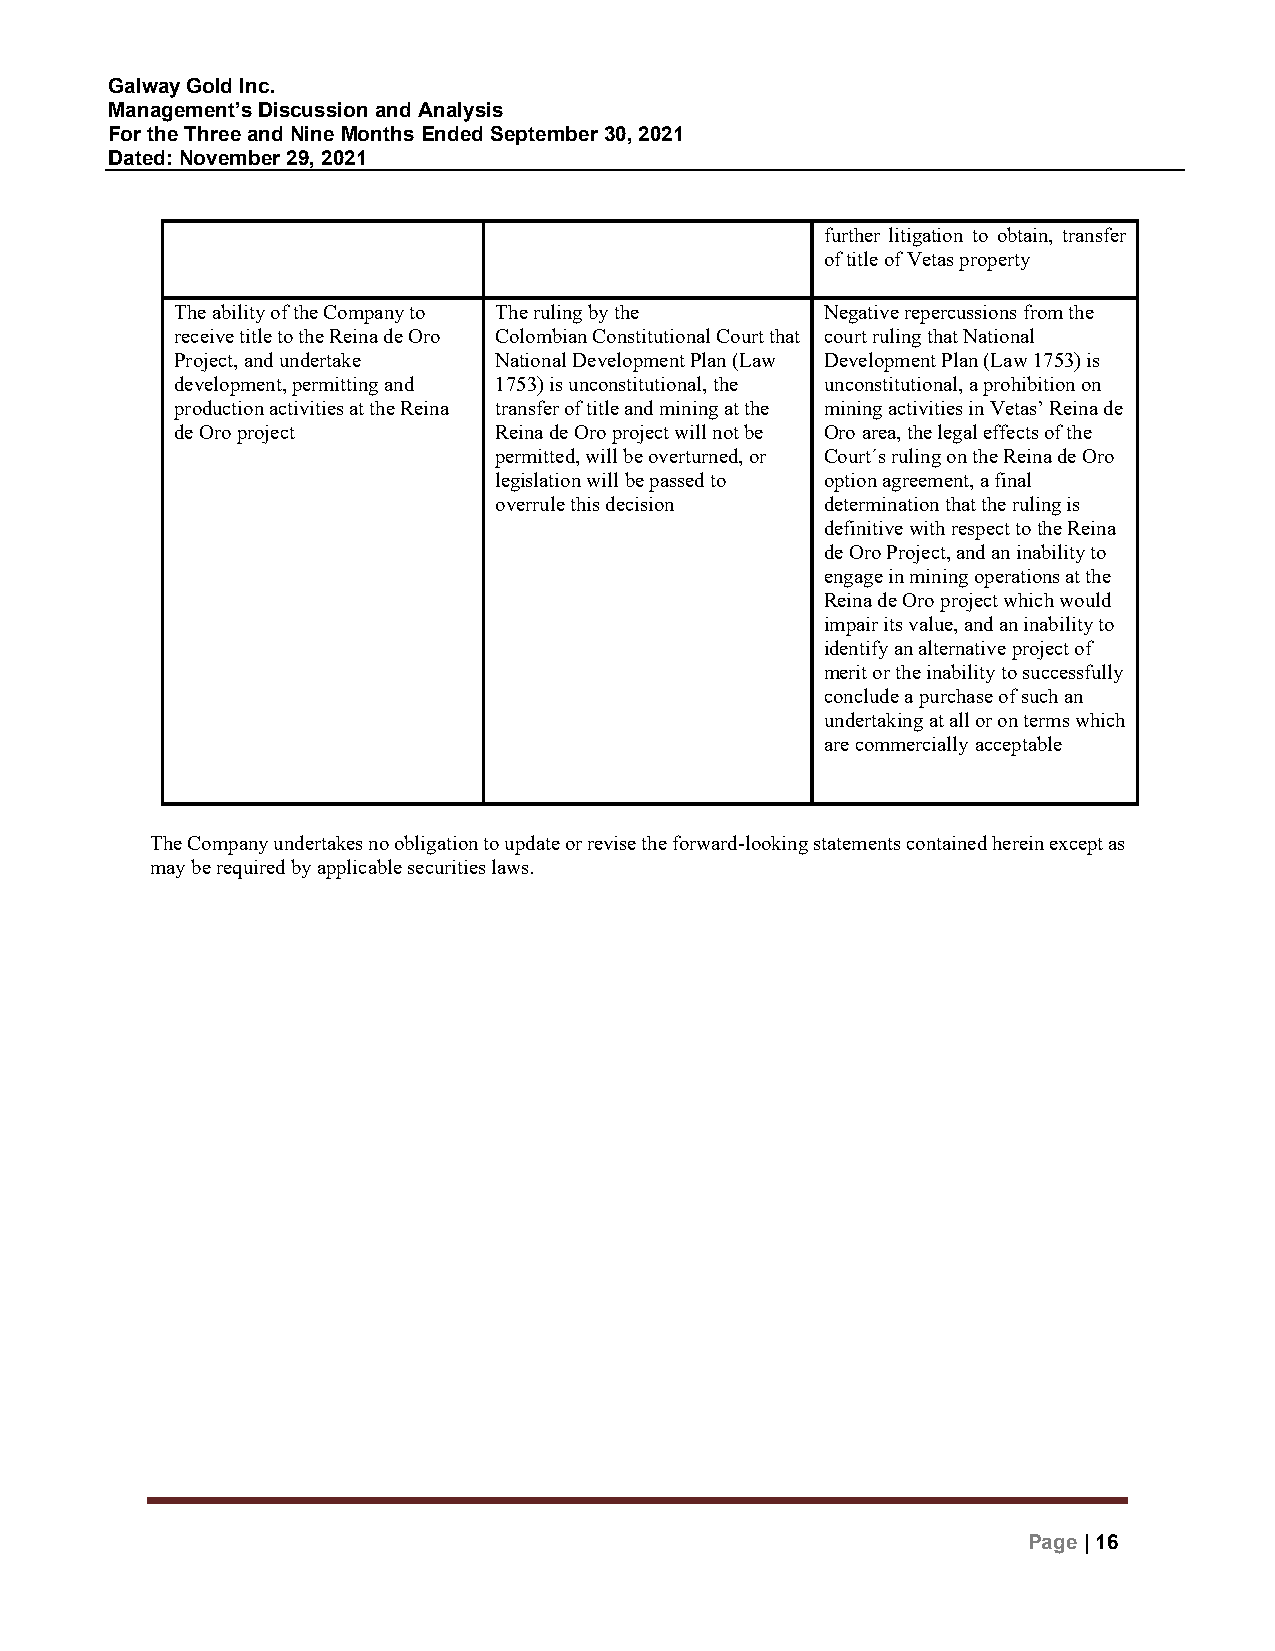
Galway Gold Inc.
 Management’s Discussion and Analysis
 For the Three and Nine Months Ended September 30, 2021
 Dated: November 29, 2021
 further litigation to obtain, transfer
 of title of Vetas property
 The ability of the Company to The ruling by the Negative repercussions from the
 receive title to the Reina de Oro Colombian Constitutional Court that court ruling that National
 Project, and undertake National Development Plan (Law Development Plan (Law 1753) is
 development, permitting and 1753) is unconstitutional, the unconstitutional, a prohibition on
 production activities at the Reina transfer of title and mining at the mining activities in Vetas’ Reina de
 de Oro project       Reina de Oro project will not be Oro area, the legal effects of the
 permitted, will be overturned, or Court´s ruling on the Reina de Oro
 legislation will be passed to option agreement, a final
 overrule this decision determination that the ruling is
 definitive with respect to the Reina
 de Oro Project, and an inability to
 engage in mining operations at the
 Reina de Oro project which would
 impair its value, and an inability to
 identify an alternative project of
 merit or the inability to successfully
 conclude a purchase of such an
 undertaking at all or on terms which
 are commercially acceptable
 The Company undertakes no obligation to update or revise the forward-looking statements contained herein except as
 may be required by applicable securities laws.
 Page | 16